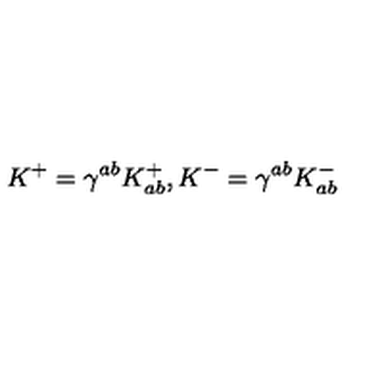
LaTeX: K ^ { + } = \gamma ^ { a b } K _ { a b } ^ { + } , K ^ { - } = \gamma ^ { a b } K _ { a b } ^ { - }